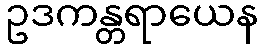
ဥဒကန္တရာယေန